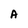
Character: A